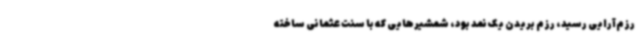
رزم‌آرایی رسید، رزم بریدن یک نمد بود، شمشیرهایی که با سنت عثمانی ساخته